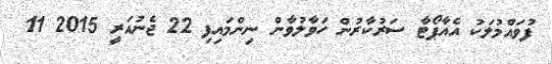
ފުވައްމުލަކު އެއާޕޯޓާ ސަރުކާރުން ހަވާލުވާން ނިންމައިފި 22 ޖެނުއަރީ 2015 11